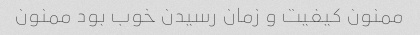
ممنون کیفیت و زمان رسیدن خوب بود ممنون